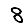
Digit: 8